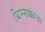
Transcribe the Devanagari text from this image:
थिम्माक्कांचा